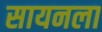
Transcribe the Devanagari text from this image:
सायनला